Report of the Indian Hemp Drugs Commission, 1894-1895 - Volume VIII
Year: 1894
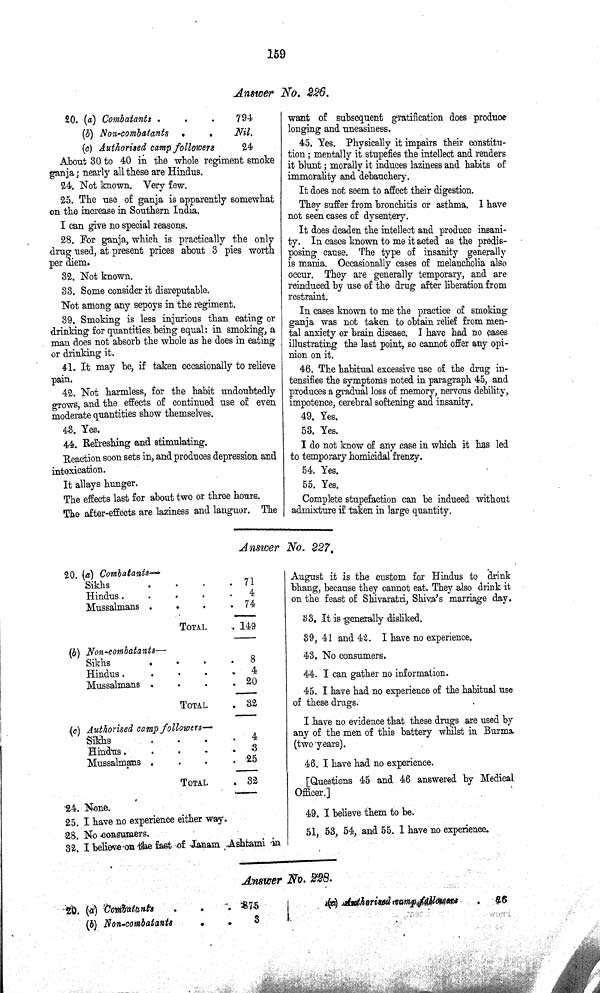
159
Answer No. 226.
20. (a) Combatants
794
(b) Non-combatants
Nil.
(c) Authorised camp followers
24
About 30 to 40 in the whole regiment smoke
ganja; nearly all these are Hindus.
24. Not known. Very few.
25. The use of ganja is apparently somewhat
on the increase in Southern India.
I can give no special reasons.
28. For ganja, which is practically the only
drug used, at present prices about 3 pies worth
per diem.
32. Not known.
33. Some consider it disreputable.
Not among any sepoys in the regiment.
39. Smoking is less injurious than eating or
drinking for quantities being equal: in smoking, a
man does not absorb the whole as he does in eating
or drinking it.
41. It may be, if taken occasionally to relieve
pain.
42. Not harmless, for the habit undoubtedly
grows, and the effects of continued use of even
moderate quantities show themselves.
43. Yes.
44. Refreshing and stimulating.
Reaction soon sets in, and produces depression and
intoxication.
It allays hunger.
The effects last for about two or three hours.
The after-effects are laziness and languor. The
want of subsequent gratification does produce
longing and uneasiness.
45. Yes. Physically it impairs their constitu¬
tion; mentally it stupefies the intellect and renders
it blunt; morally it induces laziness and habits of
immorality and debauchery.
It does not seem to affect their digestion.
They suffer from bronchitis or asthma. I have
not seen cases of dysentery.
It does deaden the intellect and produce insani¬
ty. In cases known to me it acted as the predis¬
posing cause. The type of insanity generally
is mania. Occasionally cases of melancholia also
occur. They are generally temporary, and are
reinduced by use of the drug after liberation from
restraint.
In cases known to me the practice of smoking
ganja was not taken to obtain relief from men¬
tal anxiety or brain disease. I have had no cases
illustrating the last point, so cannot offer any opi¬
nion on it.
46. The habitual excessive use of the drug in¬
tensifies the symptoms noted in paragraph 45, and
produces a gradual loss of memory, nervous debility,
impotence, cerebral softening and insanity.
49. Yes.
53. Yes.
I do not know of any case in which it has led
to temporary homicidal frenzy.
54. Yes.
55. Yes.
Complete stupefaction can be induced without
admixture if taken in large quantity.
Answer No. 227.
20. (a) Combatants—
Sikhs
71
Hindus
4
Mussalmans
74
TOTAL
149
(b) Non-combatants—
Sikhs
8
Hindus
4
Mussalmans
20
TOTAL
32
(c) Authorised camp followers—
Sikhs
4
Hindus
3
Mussalmans
25
TOTAL
32
24. None.
25. I have no experience either way.
28. No consumers.
32. I believe on the fast of Janam Ashtami in
August it is the custom for Hindus to drink
bhang, because they cannot eat. They also drink it
on the feast of Shivaratri, Shiva's marriage day.
33. It is generally disliked.
39, 41 and 42. I have no experience.
43. No consumers.
44. I can gather no information.
45. I have had no experience of the habitual use
of these drugs.
I have no evidence that these drugs are used by
any of the men of this battery whilst in Burma
(two years).
46. I have had no experience.
[Questions 45 and 46 answered by Medical.
Officer.]
49. I believe them to be.
51, 53, 54, and 55. I have no experience.
Answer No. 228.
20. (a)
Combatants
875
(b) Non-combatants
3
[NLS note: poor quality text appears here and has been o